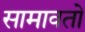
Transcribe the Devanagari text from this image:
सामावतो